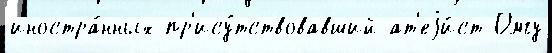
иностра́нных пр'ису́тствовавший ат'еjи́ст Омгу